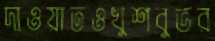
দাওয়াতওখুশবুভর